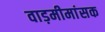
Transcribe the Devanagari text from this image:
वाड़मीमांसक